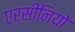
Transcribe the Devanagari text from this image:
एर्सीनियो